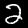
Label: 2